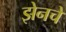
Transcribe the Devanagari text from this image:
झेनचे